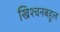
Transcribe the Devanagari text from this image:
ख्रिश्चनबहुल